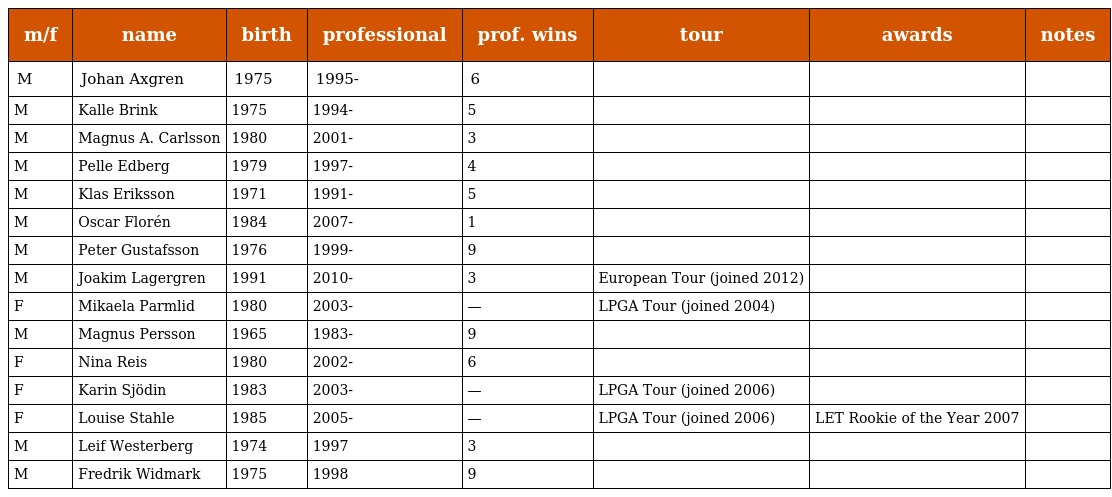
| m/f | name | birth | professional | prof. wins | tour | awards | notes |
 | --- | --- | --- | --- | --- | --- | --- | --- |
 | M | Johan Axgren | 1975 | 1995- | 6 |  |  |  |
 | M | Kalle Brink | 1975 | 1994- | 5 |  |  |  |
 | M | Magnus A. Carlsson | 1980 | 2001- | 3 |  |  |  |
 | M | Pelle Edberg | 1979 | 1997- | 4 |  |  |  |
 | M | Klas Eriksson | 1971 | 1991- | 5 |  |  |  |
 | M | Oscar Florén | 1984 | 2007- | 1 |  |  |  |
 | M | Peter Gustafsson | 1976 | 1999- | 9 |  |  |  |
 | M | Joakim Lagergren | 1991 | 2010- | 3 | European Tour (joined 2012) |  |  |
 | F | Mikaela Parmlid | 1980 | 2003- | — | LPGA Tour (joined 2004) |  |  |
 | M | Magnus Persson | 1965 | 1983- | 9 |  |  |  |
 | F | Nina Reis | 1980 | 2002- | 6 |  |  |  |
 | F | Karin Sjödin | 1983 | 2003- | — | LPGA Tour (joined 2006) |  |  |
 | F | Louise Stahle | 1985 | 2005- | — | LPGA Tour (joined 2006) | LET Rookie of the Year 2007 |  |
 | M | Leif Westerberg | 1974 | 1997 | 3 |  |  |  |
 | M | Fredrik Widmark | 1975 | 1998 | 9 |  |  |  |